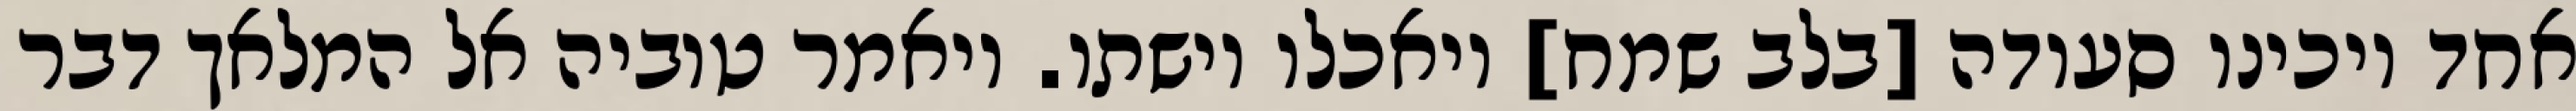
אחד ויכינו סעודה [בלב שמח] ויאכלו וישתו. ויאמר טוביה אל המלאך דבר